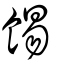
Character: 𩛿